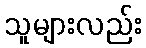
သူများလည်း